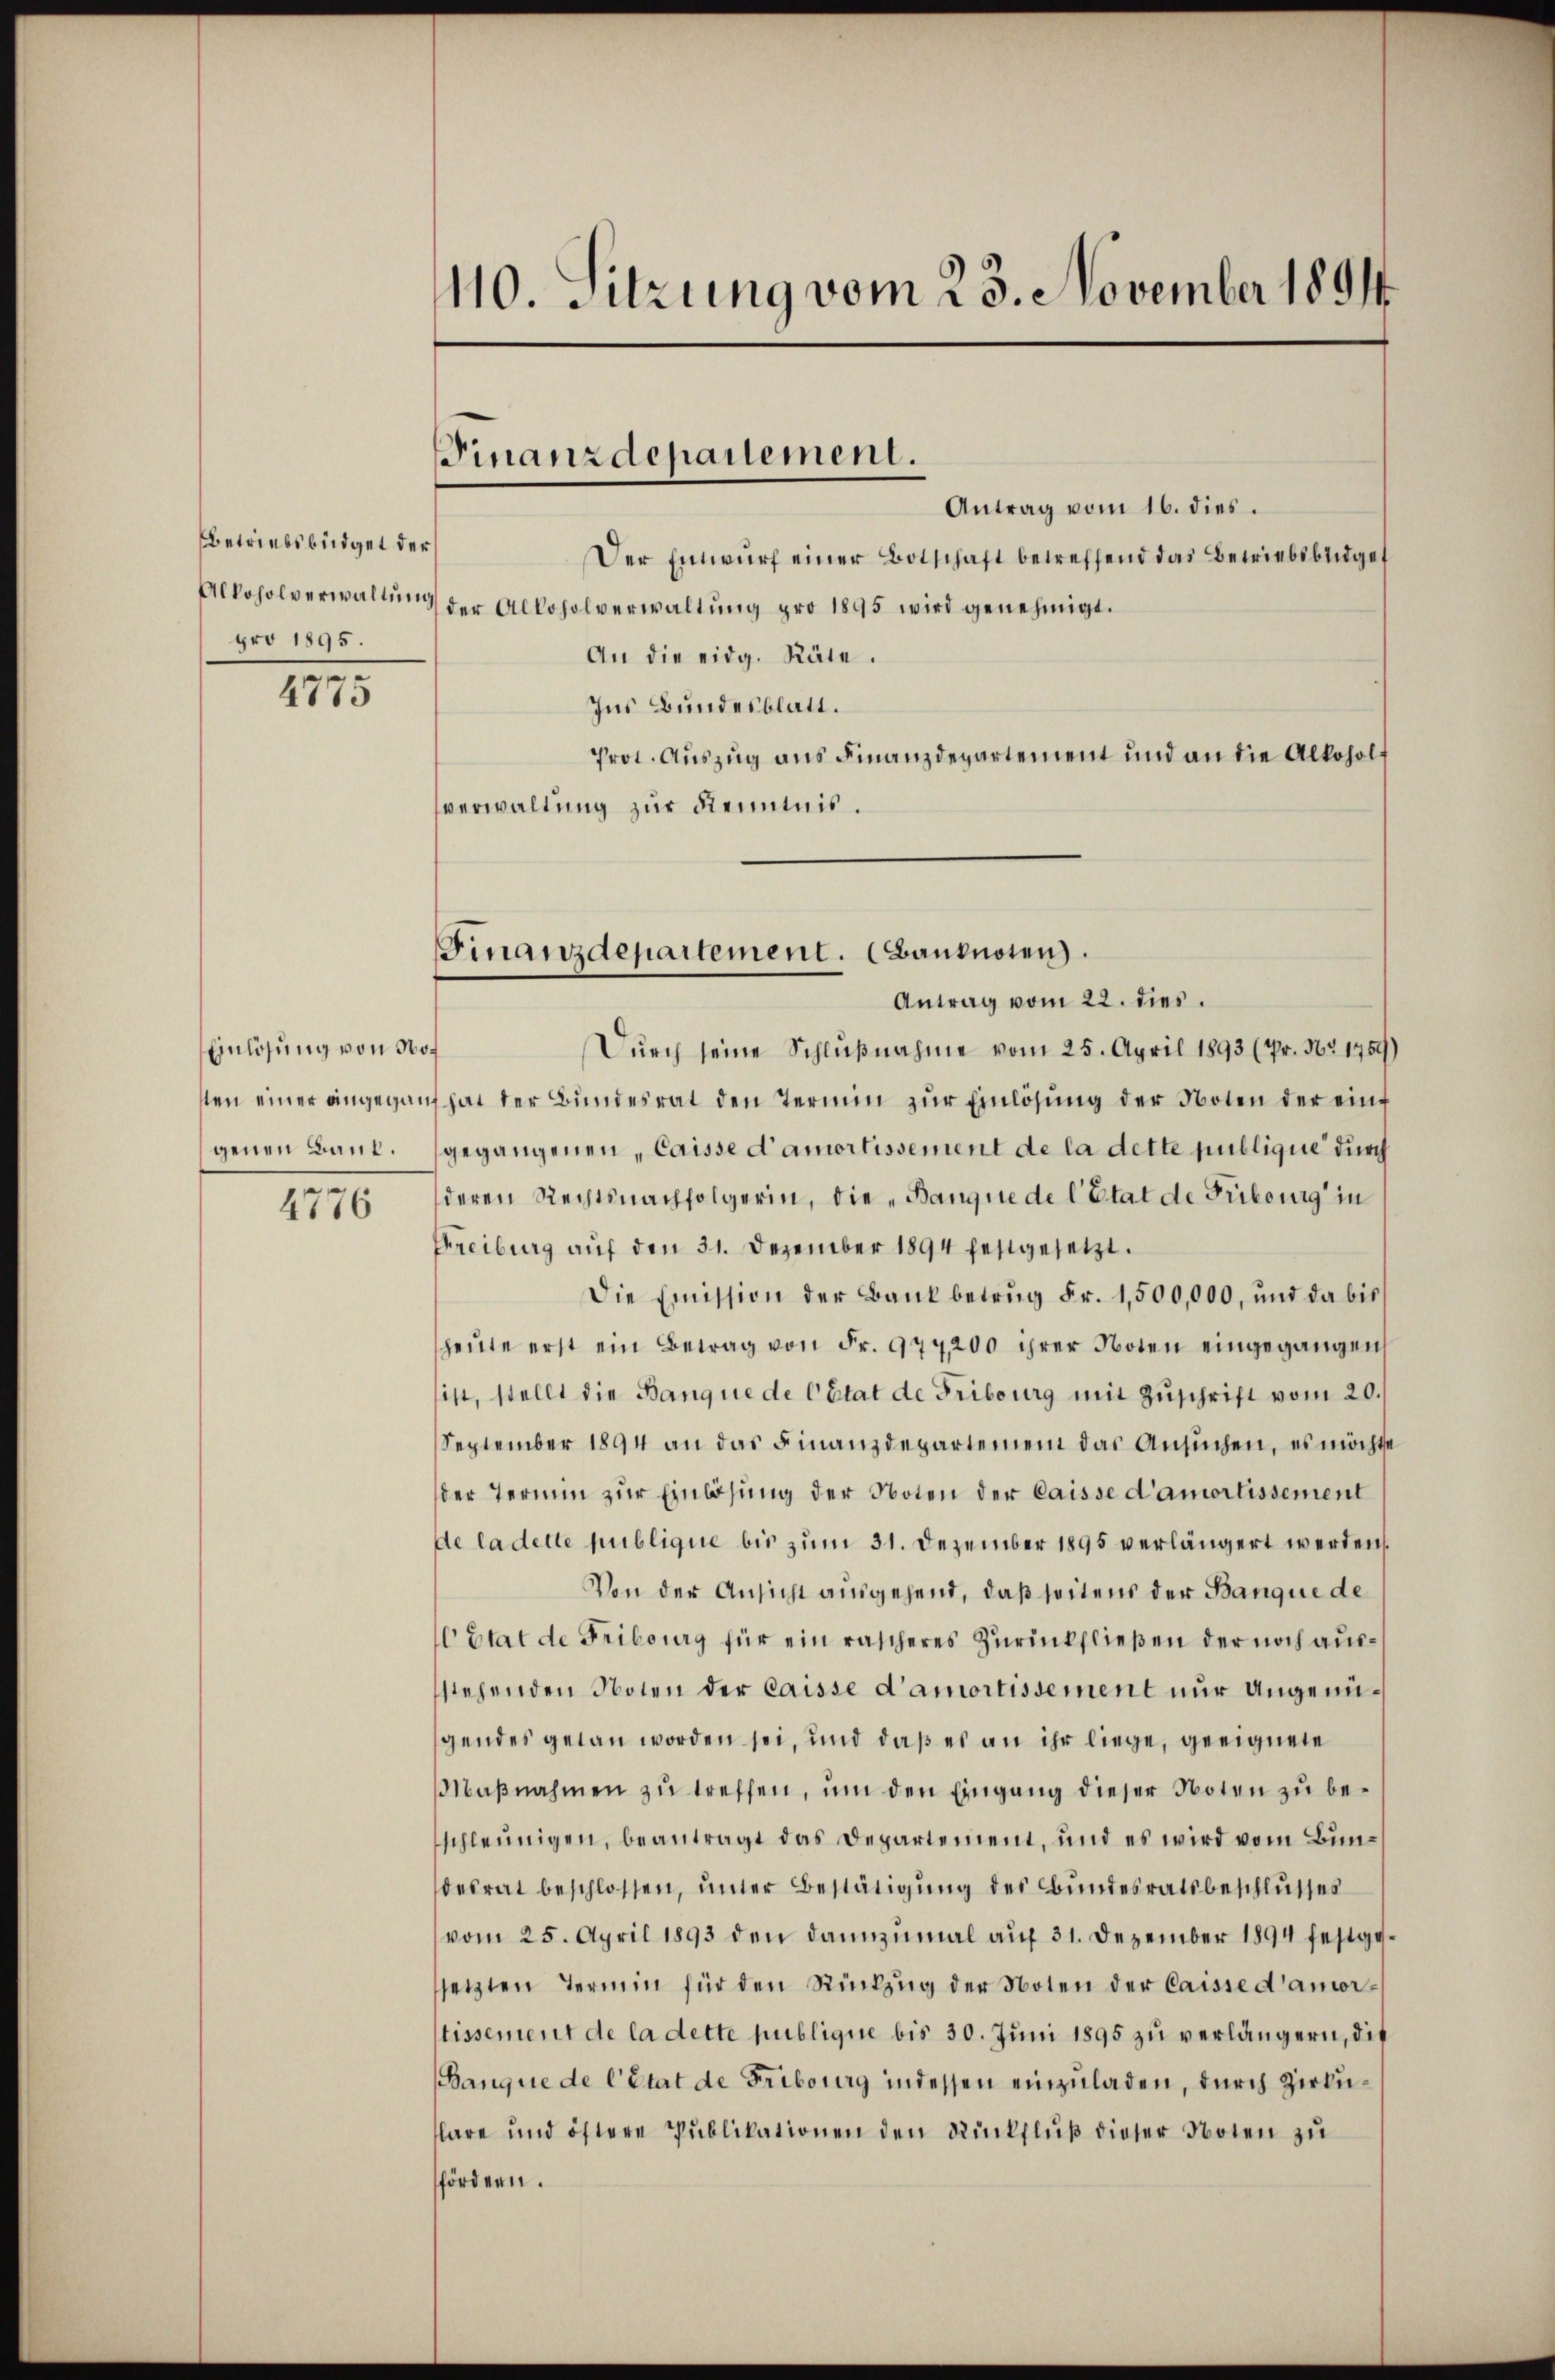
Betriebsbüdget der
pro 1895.

4775

Einlösung von Not
sten einer angegangenen Baul.

4776

110. Sitzung vom 23. November 1894

Finanzdepartement.

Antrag vom 16. dies.
Der Einwurf einer Botschaft betreffend das Betriebsbüdget
Alkoholverwaltŭng der Alkoholverwaltŭng pro 1895 wird genehmigt.
An die eidg. Räte.
Ins Bundesblatt.
Prot. Auszug aus Finanzdepartement und an die Alkoholf
verwaltung zur Kenntnis.
Durch seine Schlußnahme vom 25. April 1893 (Pr. Nr. 1759)
 hat der Bŭndesrat den Termin zŭr Einlösung der Noten der einf
gegangenen "Caisse d’amortissement de la dette publique durch
deren Rechtsnachfolgerin, die „Banque de l’Etat de Fribourg in
Freiburg auf den 31. Dezember 1894 festgesetzt.
Die Emission der Bank betrug Fr. 1,500,000, und da bis
heute erst ein Betrag von Fr. 977,200 ihrer Noten eingegangen
ist, stellt die Banque de Cétat de Fribourg mit Zuschrift vom 20.
September 1894 an das Finanzdepartemen das Ansŭchen, es möchte
der Termin zŭr Einlösung der Noten der Caisse d’amortissement
de ladette publique bis zum 31. Dezember 1895 verlängert werden.
Von der Ansicht ausgehend, daß seitens der Banque de
 Etat de Fribourg für ein rascheres Zurückfließen der noch ausstehenden Noten der Caisse d’amortissement nur angenügendes getan worden sei, und daß es an ihr liege, geeignete
Maβnahmen zŭ treffen, ŭm den Eingang dieser Noten zu beschleunigen, beantragt das Departement, und es wird vom Bundesrat beschlossen, unter Bestätigung des Bundesratsbeschlusses
vom 25. April 1893 den dannzumal auf 31. Dezember 1894 festgesetzten Termin für den Rückzŭg der Noten der Caisse d’amortissement de la dette publique bis 30. Juni 1895 zu verlängern, die
Banque de l’état de Fribourg indessen einzuladen, durch Zirkulare und öftere Publikationen den Rückfluß dieser Noten zu
fördern.

Finanzdepartement. (Banknoten.
Antrag vom 22. dies.